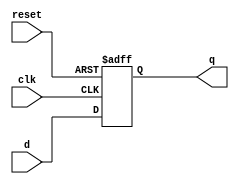
module basic_reg (
    clk,
    reset,
    d,
    q
);

  input clk, reset;
  input [3:0] d;
  output [3:0] q;
  reg [3:0] q;

  always @(posedge clk or negedge reset) begin
    if (!reset) q <= 0;
    else q <= d;
  end

endmodule  //basic_reg